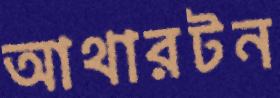
আথারটন